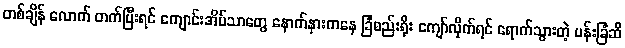
တစ်ချိန် လောက် တက်ပြီးရင် ကျောင်းအိမ်သာတွေ နောက်နားကနေ ခြံစည်းရိုး ကျော်လိုက်ရင် ရောက်သွားတဲ့ ပန်းခြံဆီ